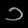
Digit: ၁